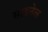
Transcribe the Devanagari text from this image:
साइनेल